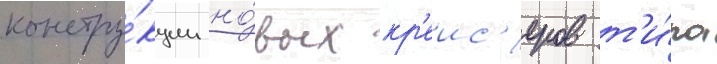
констру́кции но́вых кр'еис'еров т'и́па